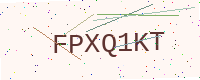
Text: FPXQ1KT